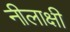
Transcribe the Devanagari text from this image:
नीलाक्षी